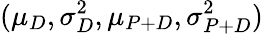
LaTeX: (\mu_{D},\sigma_{D}^{2},\mu_{P+D},\sigma_{P+D}^{2})